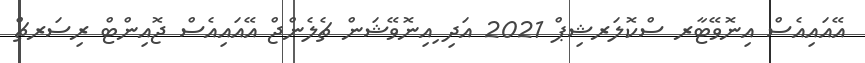
އޭއައިއެސް އިނޮވޭޓާރ ސްކޮލަރޝިޕް 2021 އަދި ިއިނޮވޭޝަން ޗެލެންޖް އޭއައިއެސް ޖޮއިންޓް ރިސަރޗް